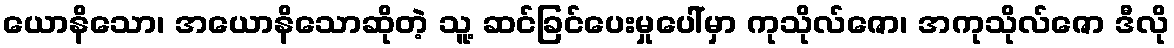
ယောနိသော၊ အယောနိသောဆိုတဲ့ သူ့ ဆင်ခြင်ပေးမှုပေါ်မှာ ကုသိုလ်ဇော၊ အကုသိုလ်ဇော ဒီလို